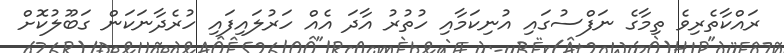
ރައްކާތެރިވެ ތިމާގެ ނަފްސުގައި އުނިކަމާއި ހުތުރު އާދަ އެއް ހަރުލައިފައި ހުރެދާނަކަން ގަބޫލުކޮށް